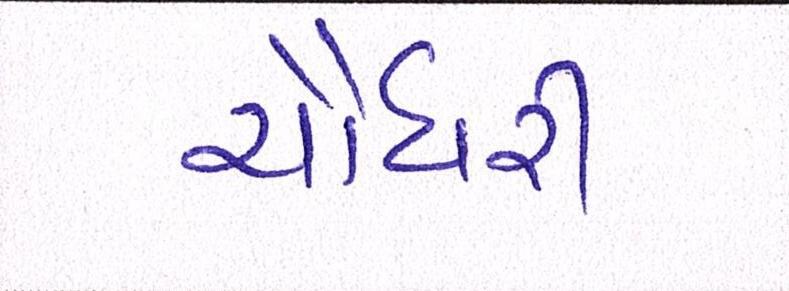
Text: ચૌધરી